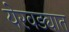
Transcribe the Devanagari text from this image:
येरवड्यात